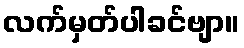
လက်မှတ်ပါခင်ဗျာ။